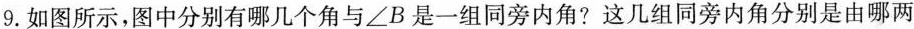
9.如图所示，图中分别有哪几个角与\angle B是一组同旁内角?这几组同旁内角分别是由哪两